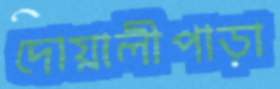
দোয়ালীপাড়া